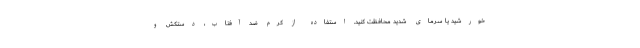
خورشید یا سرمای شدید محافظت کنید. استفاده از کرم ضد آفتاب، دستکش و